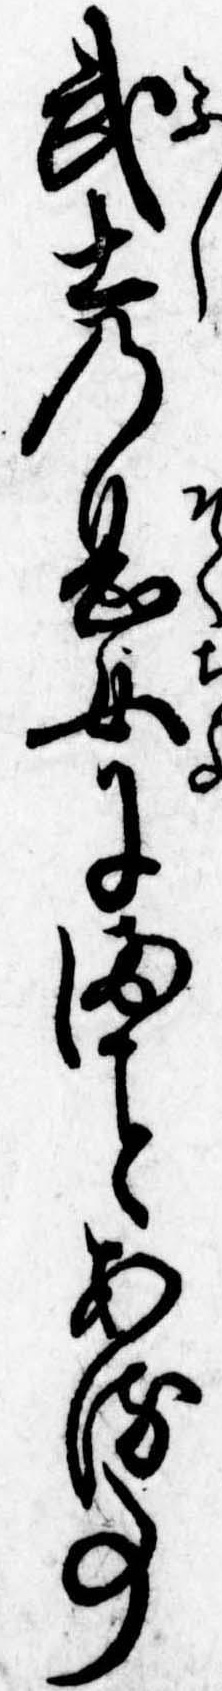
武士の息女にまある事